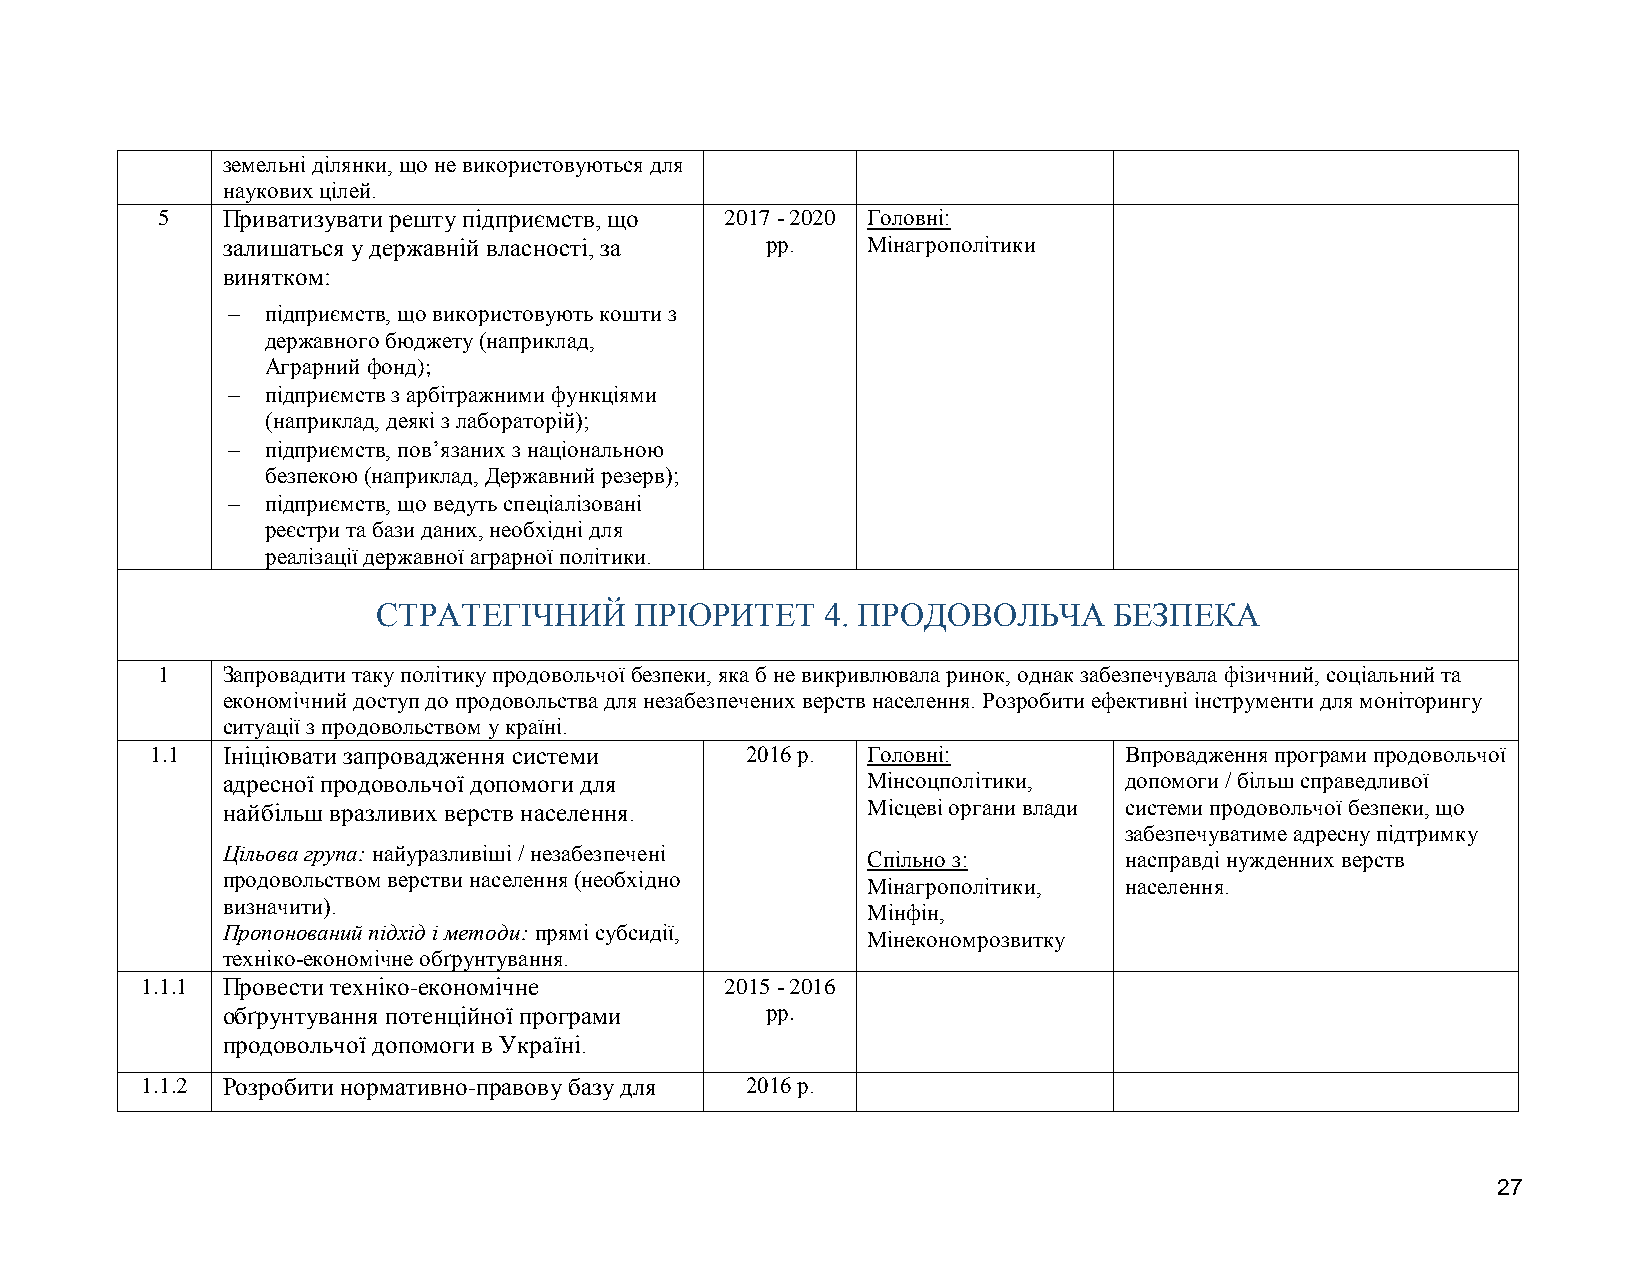
земельні ділянки, що не використовуються для
 наукових цілей.
 5    Приватизувати решту підприємств, що 2017 - 2020 Головні:
 залишаться у державній власності, за рр.  Мінагрополітики
 винятком:
   підприємств, що використовують кошти з
 державного бюджету (наприклад,
 Аграрний фонд);
   підприємств з арбітражними функціями
 (наприклад, деякі з лабораторій);
   підприємств, пов’язаних з національною
 безпекою (наприклад, Державний резерв);
   підприємств, що ведуть спеціалізовані
 реєстри та бази даних, необхідні для
 реалізації державної аграрної політики.
 СТРАТЕГІЧНИЙ     ПРІОРИТЕТ    4. ПРОДОВОЛЬЧА     БЕЗПЕКА
 1    Запровадити таку політику продовольчої безпеки, яка б не викривлювала ринок, однак забезпечувала фізичний, соціальний та
 економічний доступ до продовольства для незабезпечених верств населення. Розробити ефективні інструменти для моніторингу
 ситуації з продовольством у країні.
 1.1  Ініціювати запровадження системи  2016 р. Головні:         Впровадження програми продовольчої
 адресної продовольчої допомоги для        Мінсоцполітики,  допомоги / більш справедливої
 найбільш вразливих верств населення.      Місцеві органи влади системи продовольчої безпеки, що
 забезпечуватиме адресну підтримку
 Цільова група: найуразливіші / незабезпечені
 Спільно з:       насправді нужденних верств
 продовольством верстви населення (необхідно
 Мінагрополітики, населення.
 визначити).
 Мінфін,
 Пропонований підхід і методи: прямі субсидії,
 Мінекономрозвитку
 техніко-економічне обґрунтування.
 1.1.1 Провести техніко-економічне      2015 - 2016
 обґрунтування потенційної програми  рр.
 продовольчої допомоги в Україні.
 1.1.2 Розробити нормативно-правову базу для 2016 р.
 27